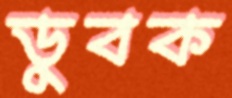
ডুবক